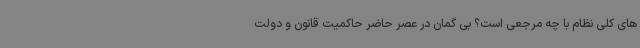
های کلی نظام با چه مرجعی است؟ بی گمان در عصر حاضر حاکمیت قانون و دولت